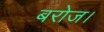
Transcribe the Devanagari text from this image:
बरोज।